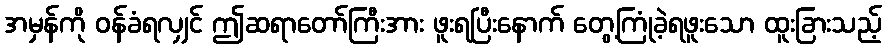
အမှန်ကို ဝန်ခံရလျှင် ဤဆရာတော်ကြီးအား ဖူးရပြီးနောက် တွေ့ကြုံခဲ့ရဖူးသော ထူးခြားသည့်